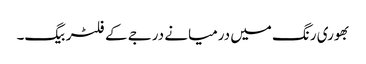
بھوری رنگ میں درمیانے درجے کے فلٹر بیگ۔